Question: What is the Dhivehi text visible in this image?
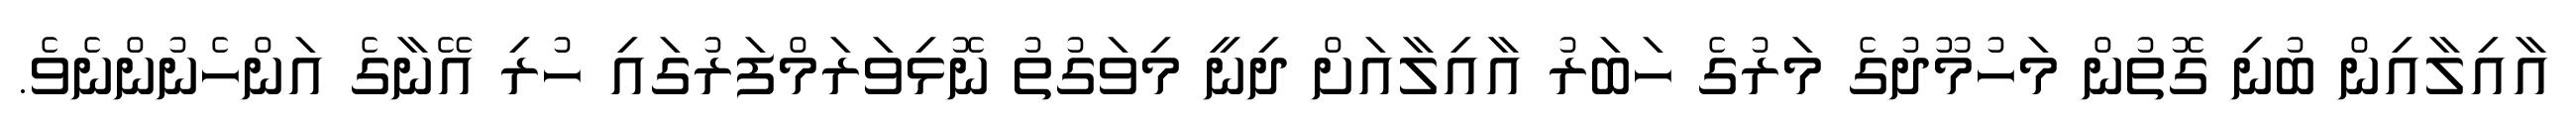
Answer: އާއިލާއިން ބުނި ގޮތުން މަހުމޫދުގެ މަރުގެ ހަބަރު އާއިލާއަށް ދިނީ މިވަގުތު ނޮޅިވަރަމްފަރުގައި ހުރި އޭނާގެ އަންހެނުންނެވެ.